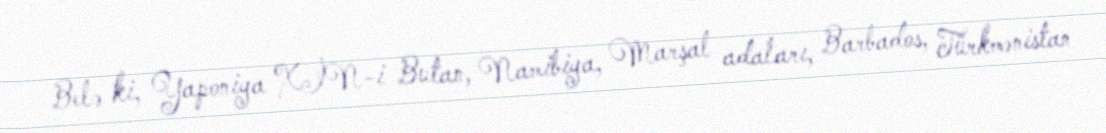
Belə ki, Yaponiya XİN-i Butan, Namibiya, Marşal adaları, Barbados, Türkmənistan